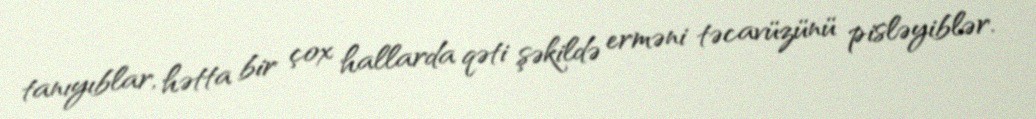
tanıyıblar, hətta bir çox hallarda qəti şəkildə erməni təcavüzünü pisləyiblər.